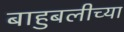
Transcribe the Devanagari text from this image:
बाहुबलीच्या